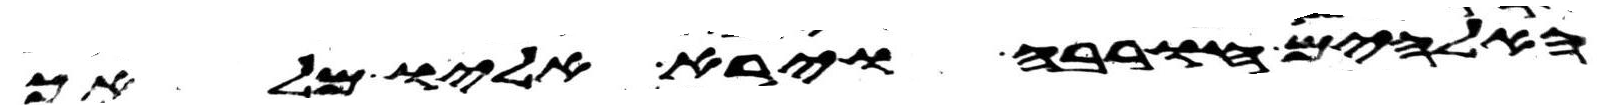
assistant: האלהים חורבה וירא אליו מלאך